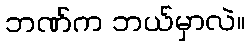
ဘဏ်က ဘယ်မှာလဲ။